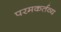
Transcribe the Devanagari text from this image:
परमकर्तव्य